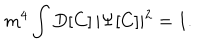
m ^ { 4 } \int D [ C ] \, \vert \Psi [ C ] \vert ^ { 2 } = 1 .